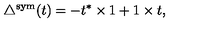
\triangle ^ { \mathrm { s y m } } ( t ) = - t ^ { * } \times 1 + 1 \times t ,